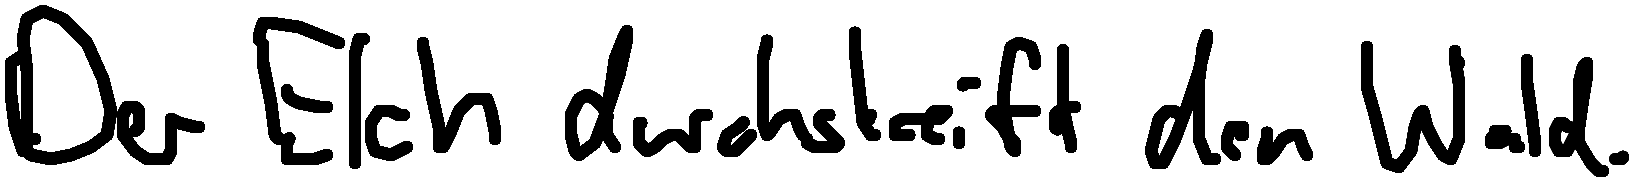
Der Elch durchstreift den Wald.